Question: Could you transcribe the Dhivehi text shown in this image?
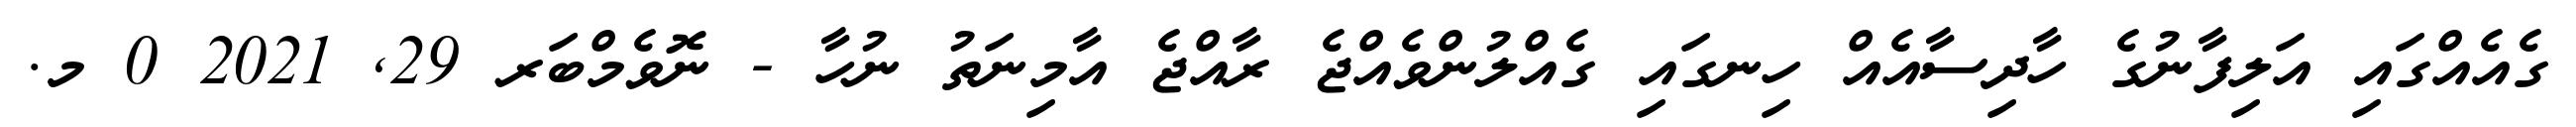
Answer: ގެއެއްގައި އަލިފާނުގެ ހާދިސާއެއް ހިނގައި ގެއްލުންވެއްޖެ ރާއްޖެ އާމިނަތު ނުހާ - ނޮވެމްބަރ 29, 2021 0 މ.